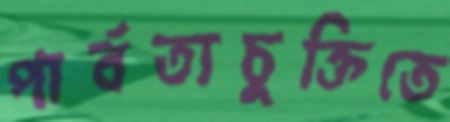
পার্বত্যচুক্তিতে